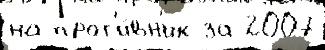
на прот'и́вн'ик за 2007